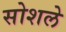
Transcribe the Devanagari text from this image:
सोशले